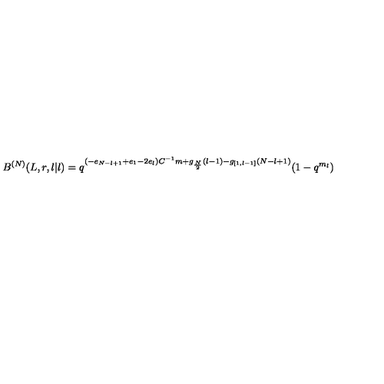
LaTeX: B ^ { ( N ) } ( L , r , l | l ) = q ^ { ( - e _ { N - l + 1 } + e _ { 1 } - 2 e _ { l } ) C ^ { - 1 } m + g _ { \frac { N } { 2 } } ( l - 1 ) - g _ { [ 1 , l - 1 ] } ( N - l + 1 ) } ( 1 - q ^ { m _ { l } } )